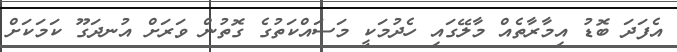
އެފަދަ ބޮޑު އިމާރާތެއް މާލޭގައި ހެދުމަކީ މަސައްކަތުގެ ގޮތުން ވަރަށް އުނދަގޫ ކަމަކަށް